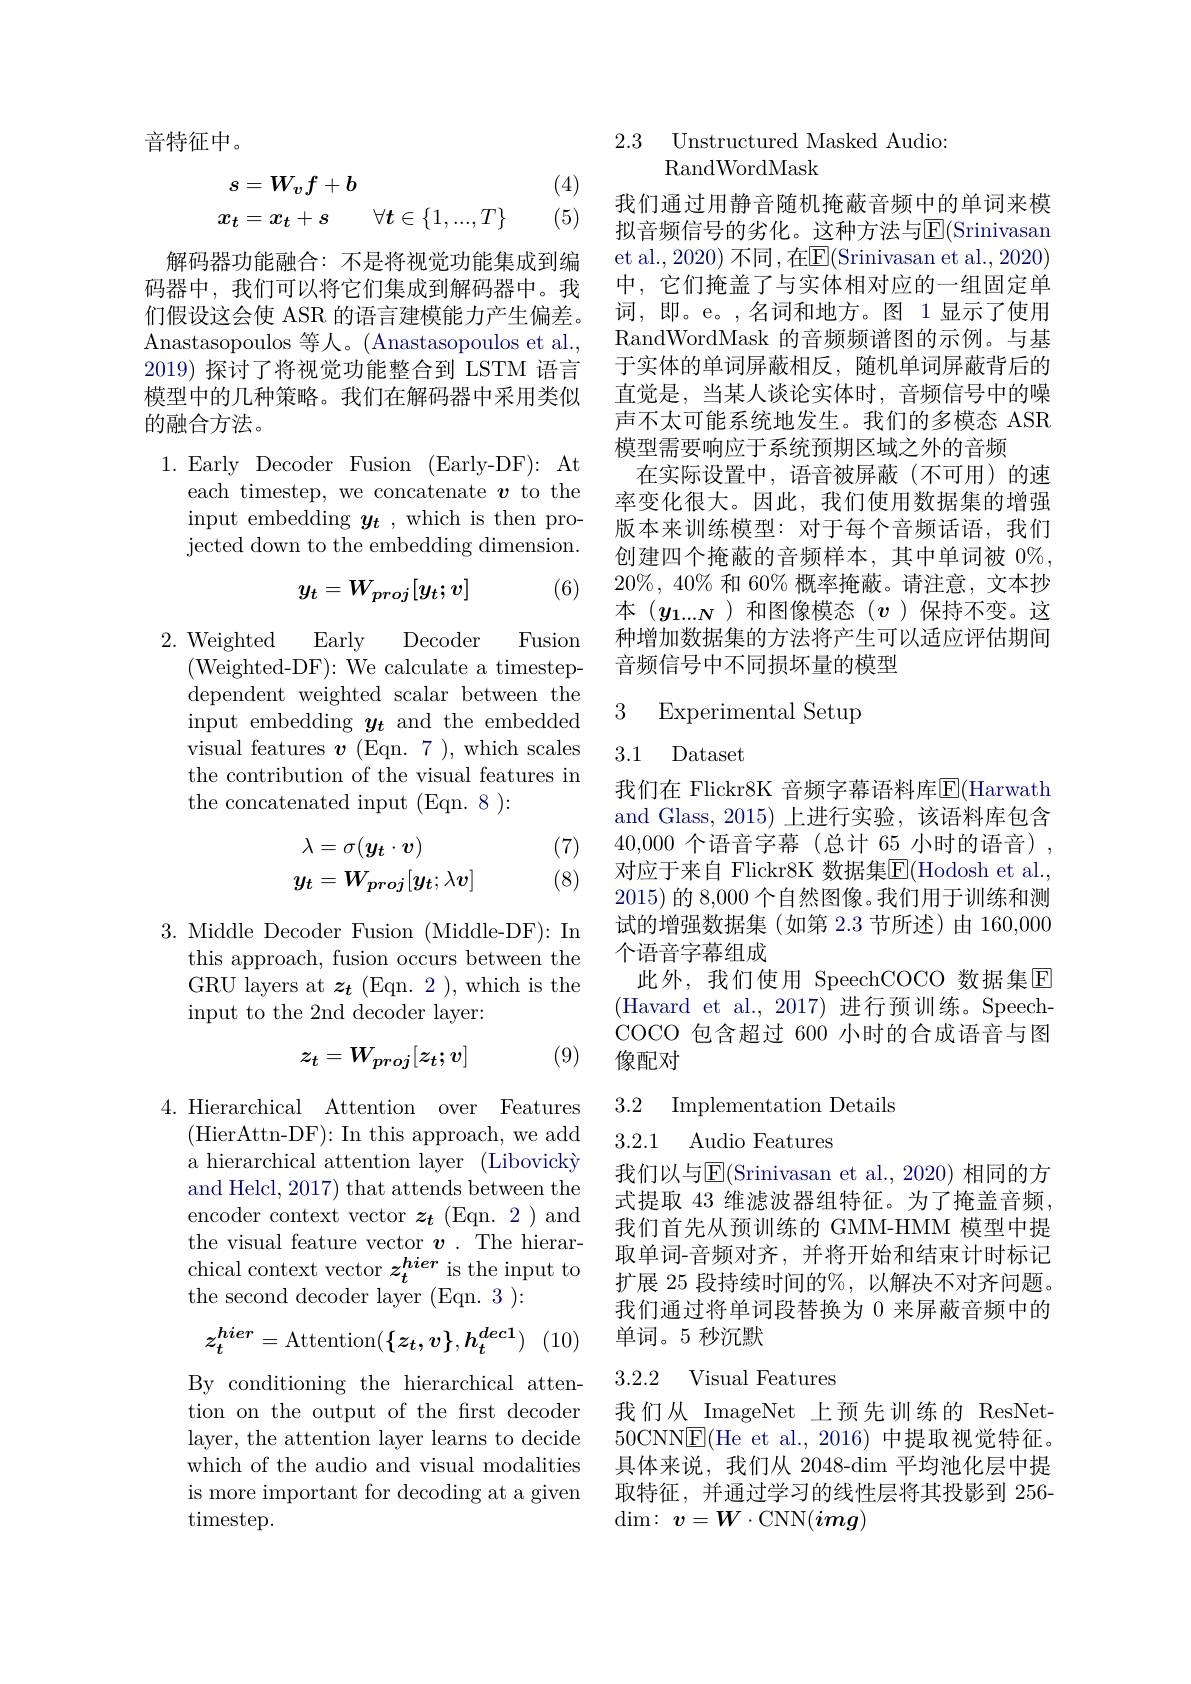
音特征中。

(4)
$$\begin{aligned}s&=W_vf+b\\x_t&=x_t+s\quad\forall\boldsymbol{t}\in\{1,...,T\}\end{aligned}$$
(5)

解码器功能融合：不是将视觉功能集成到编码器中，我们可以将它们集成到解码器中。我们假设这会使 ASR 的语言建模能力产生偏差。Anastasopoulos 等人。(Anastasopoulos et al., 2019) 探讨了将视觉功能整合到 LSTM 语言模型中的几种策略。我们在解码器中采用类似的融合方法。

1.Early Decoder Fusion (Early-DF):At

each timestep, we concatenate $v$ to the input embedding $y_{t}$, which is then projected down to the embedding dimension.
$$y_t=W_{proj}[y_t;v]$$
(6)

2. Weighted
Early
$\operatorname{Decoder}$
Fusion
(Weighted- DF):We calculate a timestepdependent weighted scalar between the input embedding $y_t$ and the embedded visual features $\boldsymbol{v}$ (Eqn. 7 ), which scales the contribution of the visual features in the concatenated input (Eqn. 8 ):

(7) (8)
$$\begin{aligned}&\lambda=\sigma(\boldsymbol{y}_{\boldsymbol{t}}\cdot\boldsymbol{v})\\&y_{t}=W_{proj}[y_{t};\lambda v]\end{aligned}$$
3. Middle Decoder Fusion (Middle-DF): In
this approach, fusion occurs between the GRU layers at $z_{\boldsymbol{t}}$ (Eqn. 2 ), which is the input to the 2nd decoder layer:
$$z_t=W_{proj}[z_t;v]$$
(9)

4.Hierarchical Attention over Features
(HierAttn-DF):In this approach, we add a hierarchical attention layer (Libovickj and Helcl, 2017) that attends between the encoder context vector $z_{t}$ (Eqn. 2)and the visual feature vector $v.$ The hierarchical context vector $z_t^{hier}$ is the input to the second decoder layer (Eqn. 3 ):
$$z_t^{hier}=\text{Attention}(\{z_t,v\},h_t^{dec1})$$
(10)

By conditioning the hierarchical attention on the output of the frst decoder layer, the attention layer learns to decide which of the audio and visual modalities is more important for decoding at a given timestep.

2.3 Unstructured Masked Audio
$\operatorname{RandWordMask}$

我们通过用静音随机掩蔽音频中的单词来模拟音频信号的劣化。这种方法与$\overline{\mathrm{E}}($Srinivasan et al., 2020) 不同，在$\overline{\mathrm{E}}($Srinivasan et al.,2020) 中，它们掩盖了与实体相对应的一组固定单词，即。e。,名词和地方。图 1显示了使用RandWordMask 的音频频谱图的示例。与基于实体的单词屏蔽相反，随机单词屏蔽背后的直觉是，当某人谈论实体时，音频信号中的噪声不太可能系统地发生。我们的多模态 ASR 模型需要响应于系统预期区域之外的音频
在实际设置中，语音被屏蔽(不可用)的速率变化很大。因此，我们使用数据集的增强版本来训练模型：对于每个音频话语，我们创建四个掩蔽的音频样本，其中单词被$0\%$, $20\%,40\%$和 60% 概率掩蔽。请注意，文本抄本($y_{1...N}$)和图像模态($v$)保持不变。这种增加数据集的方法将产生可以适应评估期间音频信号中不同损坏量的模型

3 Experimental Setup
3.1 Dataset

我们在 Flickr8K 音频字幕语料库$\operatorname{E}(\operatorname{Harwath}_{\mathrm{T}})$ and Glass, 2015) 上进行实验，该语料库包含40,000个语音字幕 (总计 65 小时的语音) , 对应于来自 Flickr8K 数据集$\overline{\mathrm{E}}($Hodosh et al. 2015) 的 8,000 个自然图像。我们用于训练和测试的增强数据集(如第 2.3 节所述)由 160,000个语音字幕组成
此外，我们使用 SpeechCOCO 数据集$\overline{\mathrm{E}}$ (Havard et al.,2017)进行预训练。SpeechCOCO 包含超过 600 小时的合成语音与图像配对

## 3.2 Implementation Details 3.2.1 Audio Features

我们以与$\overline{\mathrm{E}}($Srinivasan et al., 2020) 相同的方式提取 43 维滤波器组特征。为了掩盖音频， 我们首先从预训练的 GMM-HMM 模型中提取单词-音频对齐，并将开始和结束计时标记扩展 25 段持续时间的%,以解决不对齐问题。我们通过将单词段替换为 0 来屏蔽音频中的单词。5 秒沉默

3.2.2 Visual Features

我们从\_ImageNet\_上预先训练的 ResNet- 50CNN$\boxed{\mathrm{E}}($He et al.,2016)中提取视觉特征。具体来说，我们从 2048-dim 平均池化层中提取特征，并通过学习的线性层将其投影到 256- $\dim :$ $\boldsymbol{v}= \boldsymbol{W}\cdot$CNN$(\boldsymbol{img})$